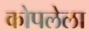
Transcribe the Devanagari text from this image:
कोपलेला